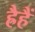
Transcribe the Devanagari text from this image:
ह्रैहैं